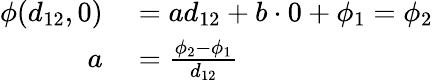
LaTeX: \begin{array}{rl}{\phi(d_{12},0)}&{{}=ad_{12}+b\cdot 0+\phi_{1}=\phi_{2}}\\ {a}&{{}=\frac{\phi_{2}-\phi_{1}}{d_{12}}}\end{array}